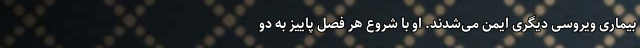
بیماریِ ویروسیِ دیگری ایمن می‌شدند. او با شروع هر فصلِ پاییز به دو